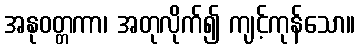
အနုဝတ္တကာ၊ အတုလိုက်၍ ကျင့်ကုန်သော။